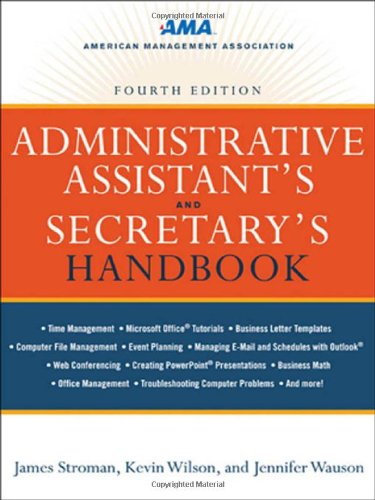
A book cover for Administrative Assistant's and Secretary's Handbook; James Stroman; Business & Money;